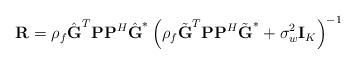
LaTeX: \begin{align*} \textbf{R}=\rho _{f} \hat{\textbf{G}}^{T}\textbf{P}\textbf{P}^{H}\hat{\textbf{G}}^{\ast }\left ( \rho _{f}\tilde{\textbf{G}}^{T}\textbf{P}\textbf{P}^{H}\tilde{\textbf{G}}^{\ast } +\sigma _{w}^{2}\textbf{I}_K\right )^{-1}\end{align*}